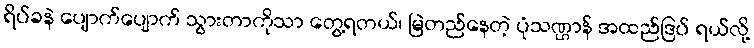
ရိပ်ခနဲ ပျောက်ပျောက် သွားတာကိုသာ တွေ့ရတယ်၊ မြဲတည်နေတဲ့ ပုံသဏ္ဌာန် အထည်ဒြပ် ရယ်လို့